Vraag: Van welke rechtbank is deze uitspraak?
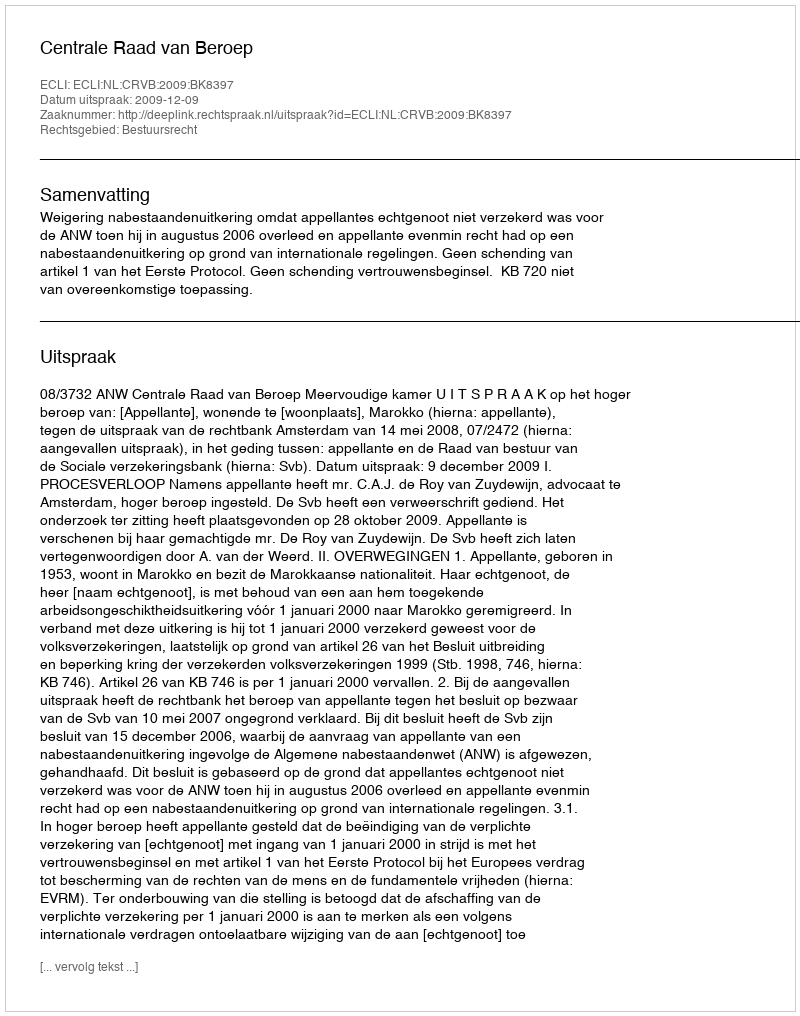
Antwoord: Centrale Raad van Beroep